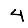
Digit: 4